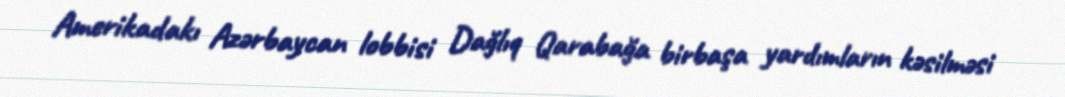
Amerikadakı Azərbaycan lobbisi Dağlıq Qarabağa birbaşa yardımların kəsilməsi